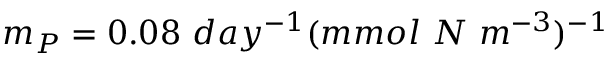
m _ { P } = 0 . 0 8 ~ d a y ^ { - 1 } ( m m o l ~ N ~ m ^ { - 3 } ) ^ { - 1 }